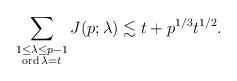
LaTeX: \begin{align*}\sum_{\substack{1\le \lambda\le p-1\\ {\rm ord} \,\lambda =t}}J(p; \lambda)\lesssim t+p^{1/3}t^{1/2}.\end{align*}